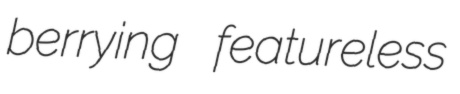
berrying featureless